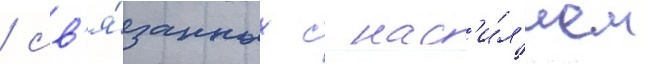
/ св'я́занных с нас'и́л'ием